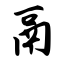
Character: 鬲